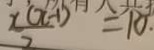
\frac { x ( x - 1 ) } { 2 } = 1 0